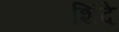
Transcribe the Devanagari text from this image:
शिंदे